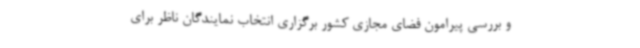
و بررسی پیرامون فضای مجازی کشور برگزاری انتخاب نمایندگان ناظر برای